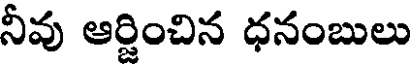
నీవు ఆర్జించిన ధనంబులు